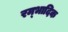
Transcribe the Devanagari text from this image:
रम्‍भादिक